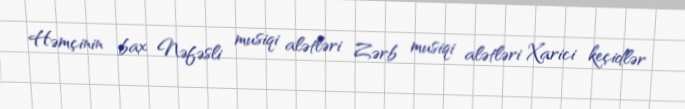
Həmçinin bax Nəfəsli musiqi alətləri Zərb musiqi alətləri Xarici keçidlər